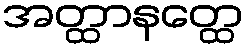
အတ္ထာနတ္ထေ